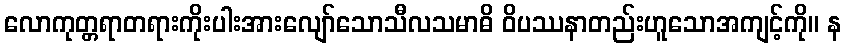
လောကုတ္တရာတရားကိုးပါးအားလျော်သောသီလသမာဓိ ဝိပဿနာတည်းဟူသောအကျင့်ကို။ န